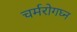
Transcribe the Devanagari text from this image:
चर्मरोगघ्न